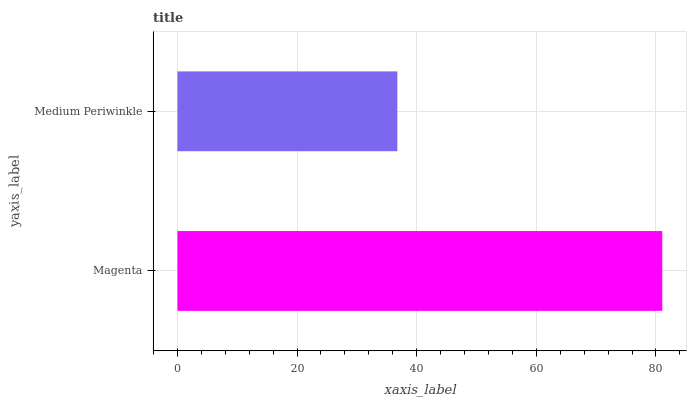
| yaxis_label | bars |
 | --- | --- |
 | Magenta | 81.1 |
 | Medium Periwinkle | 36.8 |